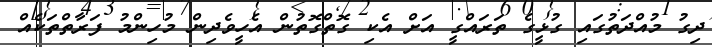
ދިގު މުއްދަތުގައި ގުޅީގެ ތަރައްގީ އަށް އެކި ގޮތްގޮތުން އެހީވެދިން މުހިންމު ފަރާތްތަކެއް